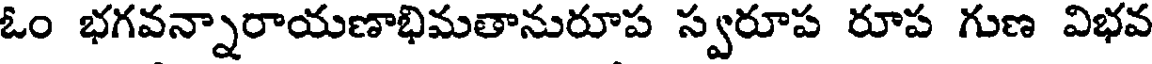
ఓం భగవన్నారాయణాభిమతానురూప స్వరూప రూప గుణ విభవ